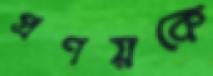
প্রণয়কে